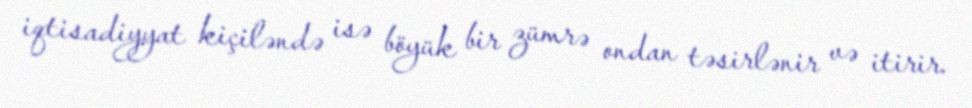
iqtisadiyyat kiçiləndə isə böyük bir zümrə ondan təsirlənir və itirir.